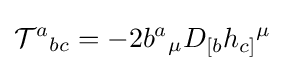
{\mathcal {T}}^{a}{}_{bc}=-2b^{a}{}_{\mu }D_{[b}h_{c]}{}^{\mu }